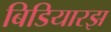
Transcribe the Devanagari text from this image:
बिडियारझ